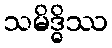
သမိဒ္ဓိဿ